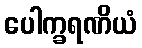
ပေါက္ခရဏိယံ